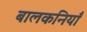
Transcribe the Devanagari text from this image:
बालकनियाँ